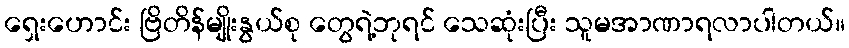
ရှေးဟောင်း ဗြိတိန်မျိုးနွယ်စု တွေရဲ့ဘုရင် သေဆုံးပြီး သူမအာဏာရလာပါတယ်။